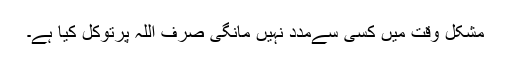
مشکل وقت میں کسی سےمدد نہیں مانگی صرف اللہ پرتوکل کیا ہے۔